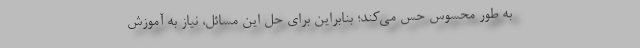
به طور محسوس حس می‌کند؛ بنابراین برای حل این مسائل، نیاز به آموزش